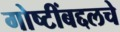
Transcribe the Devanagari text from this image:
गोष्टींबद्दलचे